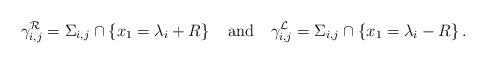
LaTeX: \begin{align*}\gamma_{i,j}^{\mathcal{R}}=\Sigma_{i,j}\cap\left\{x_1=\lambda_i+R\right\}\quad\mbox{and}\quad\gamma_{i,j}^{\mathcal{L}}=\Sigma_{i,j}\cap\left\{x_1=\lambda_i-R\right\}.\end{align*}